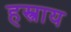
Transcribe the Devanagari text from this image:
हस्त्राय